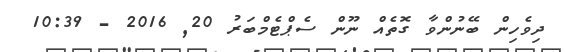
ދިވެހިން ބޭނުންވާ ގޮތެއް ނޫން ސެޕްޓެމްބަރު 20